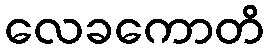
လေခကောတိ